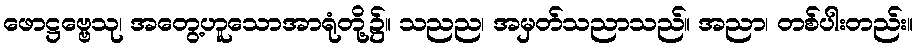
ဖောဋ္ဌဗ္ဗေသု၊ အတွေ့ဟူသောအာရုံတို့၌။ သညည၊ အမှတ်သညာသည်။ အညာ၊ တစ်ပါးတည်း။